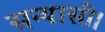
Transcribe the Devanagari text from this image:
सन्यासी।